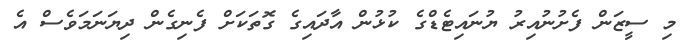
މި ސީޒަން ފެށުނުއިރު ޔުނައިޓެޑްގެ ކުޅުން އާދައިގެ ގޮތަކަށް ފެނިގެން ދިޔަނަމަވެސް އެ